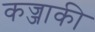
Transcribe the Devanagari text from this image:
कज्जाकी